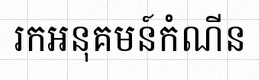
រកអនុគមន៍កំណើន